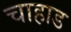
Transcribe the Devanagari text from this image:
चाहाड